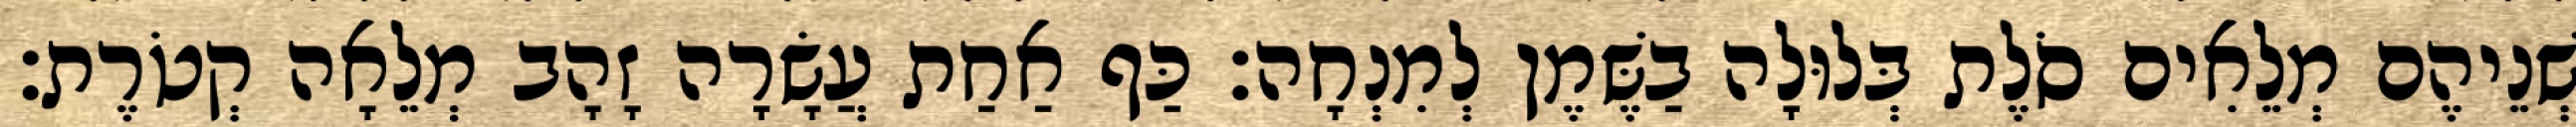
שְׁנֵיהֶם מְלֵאִים סֹלֶת בְּלוּלָה בַשֶּׁמֶן לְמִנְחָה׃ כַּף אַחַת עֲשָׂרָה זָהָב מְלֵאָה קְטֹרֶת׃